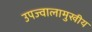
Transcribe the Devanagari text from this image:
उपज्वालामुखीय